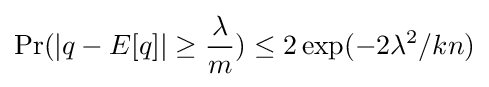
\Pr(\left|q-E[q]\right|\geq {\frac {\lambda }{m}})\leq 2\exp(-2\lambda ^{2}/kn)